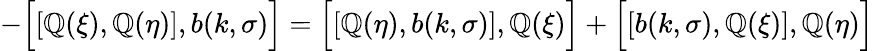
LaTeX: -\Bigl[\left[\mathbb{Q}(\xi),\mathbb{Q}(\eta)\right],b(k,\sigma)\Bigr]=\Bigl[\left[\mathbb{Q}(\eta),b(k,\sigma)\right],\mathbb{Q}(\xi)\Bigr]+\Bigl[\left[b(k,\sigma),\mathbb{Q}(\xi)\right],\mathbb{Q}(\eta)\Bigr]